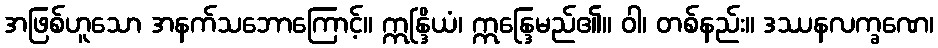
အဖြစ်ဟူသော အနက်သဘောကြောင့်။ ဣန္ဒြိယံ၊ ဣန္ဒြေမည်၏။ ဝါ၊ တစ်နည်း။ ဒဿနလက္ခဏေ၊